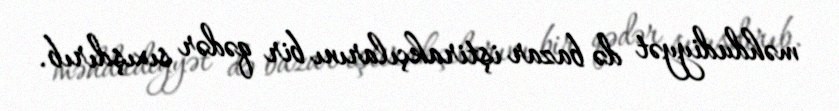
məhdudiyyət də bazar iştirakçılarını bir qədər sıxışdırıb.